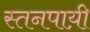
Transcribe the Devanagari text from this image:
स्तनपाय़ी